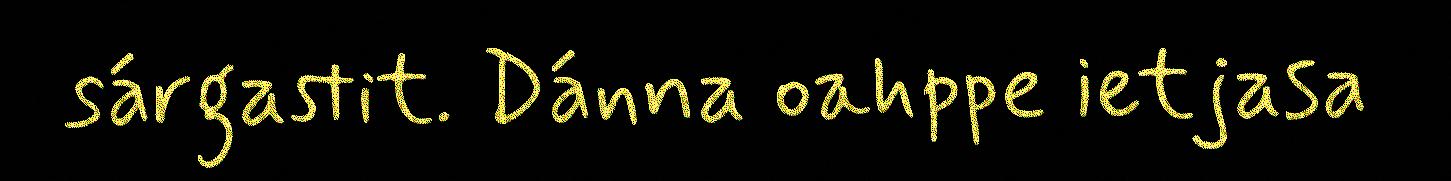
sárgastit. Dánna oahppe ietjasa